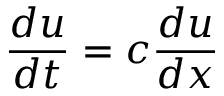
\frac { d u } { d t } = c \frac { d u } { d x }